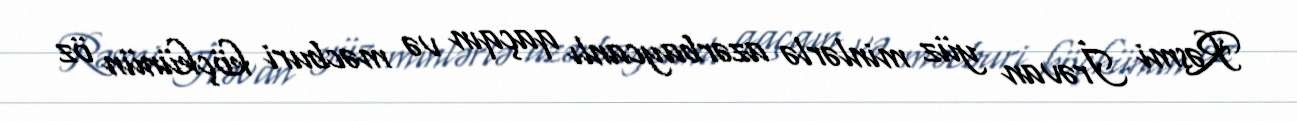
Rəsmi İrəvan yüz minlərlə azərbaycanlı qaçqın və məcburi köçkünün öz